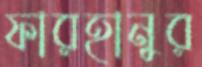
ফারহানুর